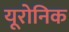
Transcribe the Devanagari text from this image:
यूरोनिक